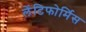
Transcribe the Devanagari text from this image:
लेंटिफोर्मिस